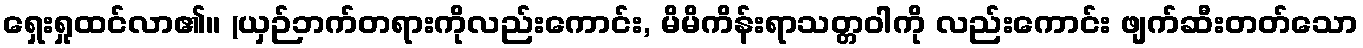
ရှေးရှုထင်လာ၏။ (ယှဉ်ဘက်တရားကိုလည်းကောင်း, မိမိကိန်းရာသတ္တဝါကို လည်းကောင်း ဖျက်ဆီးတတ်သော